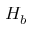
H _ { b }